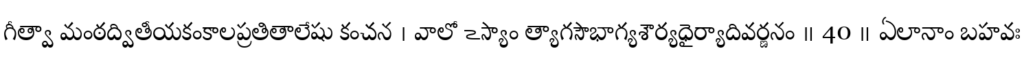
గీత్వా మంఠద్వితీయకంకాలప్రతితాలేషు కంచన । వాలో ఽస్యాం త్యాగసౌభాగ్యశౌర్యధైర్యాదివర్ణనం ॥ 40 ॥ ఏలానాం బహవః